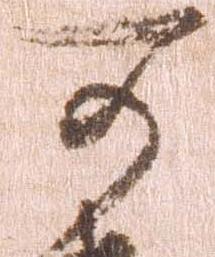
可